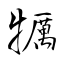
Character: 犡